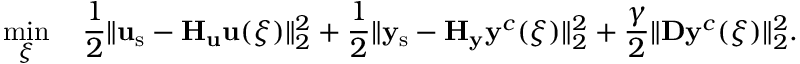
\operatorname* { m i n } _ { \boldsymbol { \xi } } \quad \frac { 1 } { 2 } \| \mathbf { u } _ { \mathrm { s } } - \mathbf { H } _ { \mathbf { u } } \mathbf { u } ( \boldsymbol { \xi } ) \| _ { 2 } ^ { 2 } + \frac { 1 } { 2 } \| \mathbf { y } _ { \mathrm { s } } - \mathbf { H } _ { \mathbf { y } } \mathbf { y } ^ { c } ( \boldsymbol { \xi } ) \| _ { 2 } ^ { 2 } + \frac { \gamma } { 2 } \| \mathbf { D } \mathbf { y } ^ { c } ( \boldsymbol { \xi } ) \| _ { 2 } ^ { 2 } .